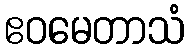
ဧဝမေတာသံ